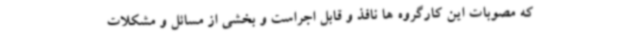
که مصوبات این کارگروه ها نافذ و قابل اجراست و بخشی از مسائل و مشکلات